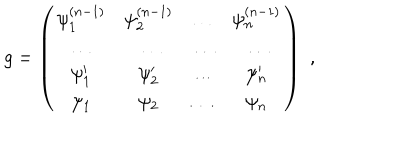
LaTeX: g = \left( \begin{array} { c c c c } { { \psi _ { 1 } ^ { ( n - 1 ) } } } & { { \psi _ { 2 } ^ { ( n - 1 ) } } } & { { \dots } } & { { \psi _ { n } ^ { ( n - 1 ) } } } \\ { { \dots } } & { { \dots } } & { { \dots } } & { { \dots } } \\ { { \psi _ { 1 } ^ { \prime } } } & { { \psi _ { 2 } ^ { \prime } } } & { { \dots } } & { { \psi _ { n } ^ { \prime } } } \\ { { \psi _ { 1 } } } & { { \psi _ { 2 } } } & { { \dots } } & { { \psi _ { n } } } \\ \end{array} \right) \, \, ,